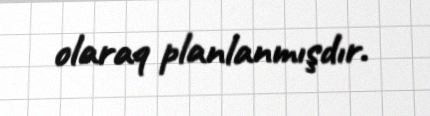
olaraq planlanmışdır.